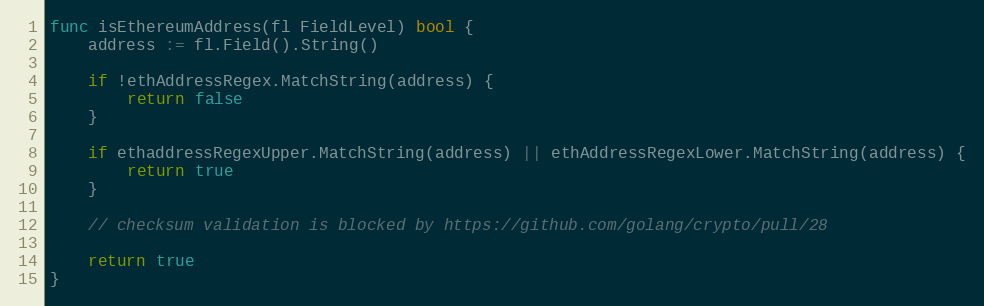
Language: Go
func isEthereumAddress(fl FieldLevel) bool {
	address := fl.Field().String()

	if !ethAddressRegex.MatchString(address) {
		return false
	}

	if ethaddressRegexUpper.MatchString(address) || ethAddressRegexLower.MatchString(address) {
		return true
	}

	// checksum validation is blocked by https://github.com/golang/crypto/pull/28

	return true
}